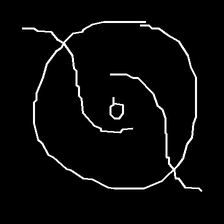
Glyph: repetition